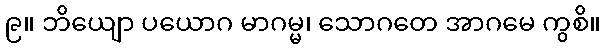
၉။ ဘိယျော ပယောဂ မာဂမ္မ၊ သောဂတေ အာဂမေ ကွစိ။